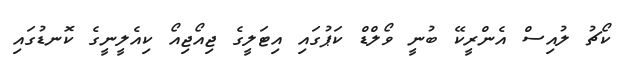
ކޯޗު ލުއިސް އެންރީކޭ ބުނީ ވޯލްޑް ކަޕުގައި އިޓަލީގެ ޖިއޯޖިއޯ ކިއެލީނީގެ ކޮނޑުގައި